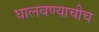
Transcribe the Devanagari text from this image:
घालवण्याचीच